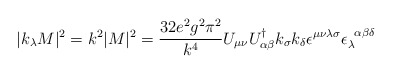
\begin{align*}|k_{\lambda} M|^2 = k^2 |M|^2 = \frac{32e^2g^2\pi^2}{k^4} U_{\mu \nu}U^{\dag}_{\alpha \beta} k_{\sigma} k_{\delta} \epsilon^{\mu \nu \lambda\sigma} \epsilon_{\lambda}^{\; \; \alpha \beta \delta}\end{align*}